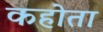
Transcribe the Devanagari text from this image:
कहोता